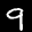
Label: 9